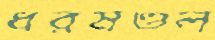
ধরমণ্ডল